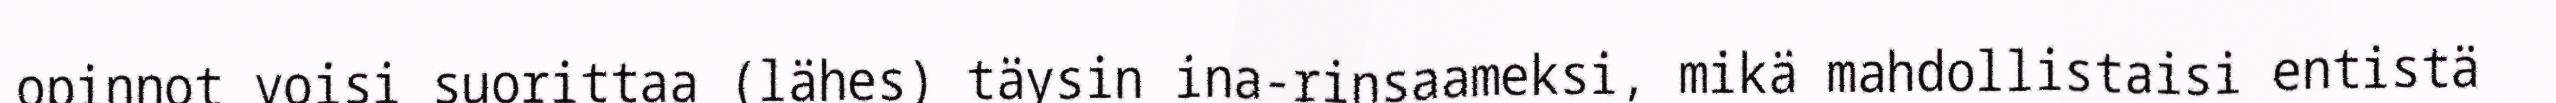
opinnot voisi suorittaa (lähes) täysin ina-rinsaameksi, mikä mahdollistaisi entistä